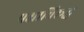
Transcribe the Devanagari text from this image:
पक्षाविरूद्ध